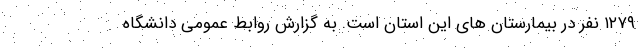
۱۲۷۹ نفر در بیمارستان های این استان است. به گزارش روابط عمومی دانشگاه